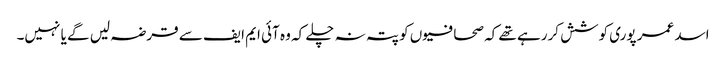
اسد عمر پوری کوشش کررہے تھے کہ صحافیوں کو پتہ نہ چلے کہ وہ آئی ایم ایف سے قرضہ لیں گے یا نہیں۔